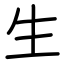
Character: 生